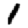
Digit: 1